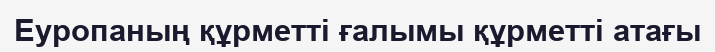
Еуропаның құрметті ғалымы құрметті атағы